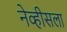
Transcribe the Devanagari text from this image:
नेव्हीसला